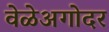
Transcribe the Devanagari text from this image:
वेळेअगोदर